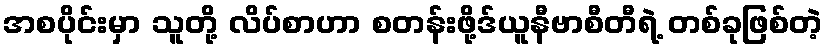
အစပိုင်းမှာ သူတို့ လိပ်စာဟာ စတန်းဖို့ဒ်ယူနီဗာစီတီရဲ့ တစ်ခုဖြစ်တဲ့